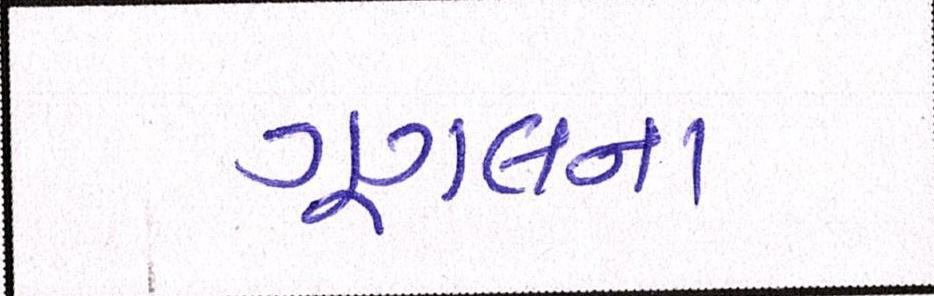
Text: ગૂગલના